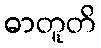
ဓာတူတိ